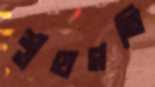
শ্লথগতি